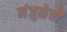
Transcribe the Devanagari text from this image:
मंजुळेची